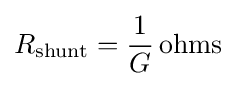
R_{\text{shunt}}={\frac {1}{G}}\,\mathrm {ohms}